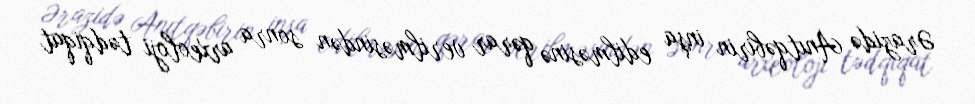
Ərazidə Anıtqəbirin inşa edilməsinə qərar verilməsindən sonra arxeoloji tədqiqat